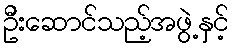
ဦးဆောင်သည့်အဖွဲ့နှင့်